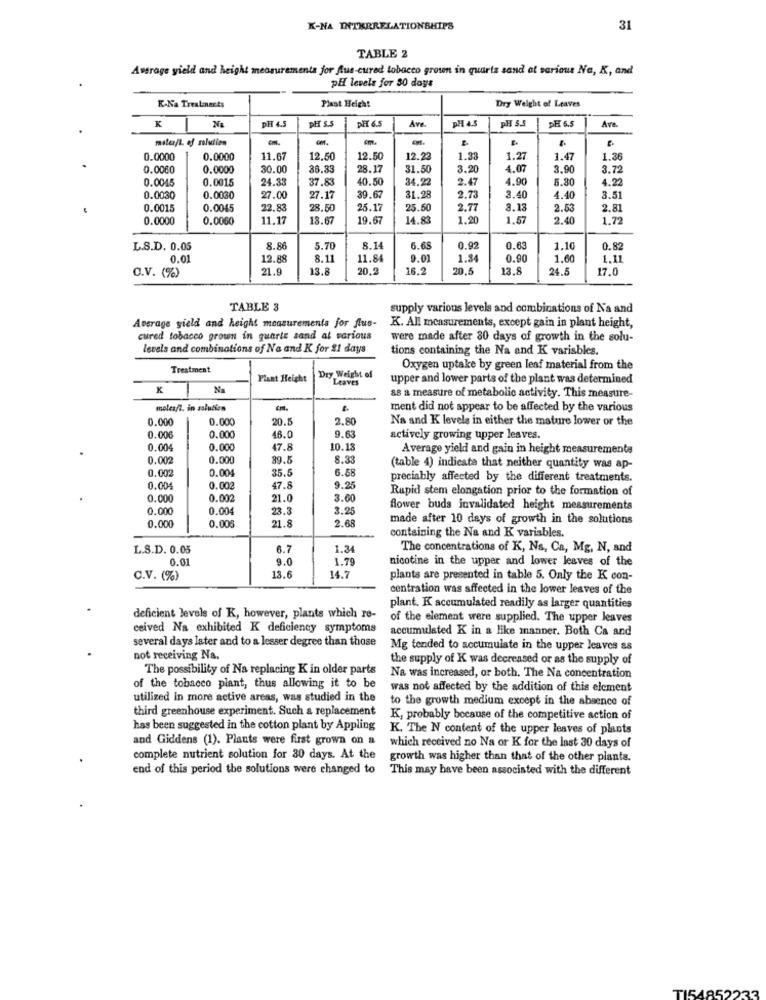
K-NA INTERRELATIONSHIPS
31
TABLE 2
Average yield and height measurements for flue-cured tobacco grown in quarta sand at sarinu Na, K, and
PH levels for 30 days
K-Na Treatments
Plast Height
Dry Weight of Leaves
DH 4.5
PH S.5
DET 6.5
Ave
PHAS
PH 3.5
DE 6.5
Ave.
K
-
0.0000
0.0000
11.67
12.50
12.50
12.22
1.33
1.27
1.47
1.36
0.0060
0.0000
30.00
38.85
28.1
31.50
3.20
4.07
3.90
3.72
0.0045
0.0015
24.33
37.83
40.50
34.22
2.47
4.90
5.30
4.22
0.0030
0.0030
27.00
27.17
39.67
31.28
2.73
3.40
4.40
3.51
0.0015
0.0045
22.8
28.50
25.1
25.50
2.77
3.13
2.53
2.81
0.0000
0.0060
11.17
18.67
19.67
14.8
1.20
1.57
2.40
1.72
L.S.D. 0.05
8.86
5.70
8.14
6.68
0.92
0.63
1.10
0.82
0.01
12.8
8.11
11.84
9.01
1.84
0.90
1.60
1.11
21.
13.8
20.3
16.2
20.
13.8
24.5
17.0
C.V. (%)
TABLE 3
supply various levels and combinations of Na and
K. All measurements, except gain in plant height,
Average yield and height measurements for flus-
cured tobacco grown in quarte sand at various
were made after 30 days of growth in the solu-
levels and combinations of Na and K for 21 days
tions containing the Na and K variables.
Treatment
Dry Weight of
Oxygen uptake by green leaf material from the
Plant Height
Leaves
upper and lower parts of the plant was determined
K
1
Na
as a measure of metabolic activity. This measure-
moles/t. in aslution
ment did not appear to be affected by the various
0.000
0.000
20.5
2.80
Na and K levels in either the mature lower or the
0.000
9.63
0.00€
46.0
actively growing upper leaves.
0.004
0.000
47.8
10.13
Average yield and gain in height measurementa
0.002
0.000
39.5
8.33
0.002
0.00
35.5
6.58
(table 4) indicate that neither quantity was ap-
preciably affected by the different treatments.
0.004
0.002
47.8
9.25
Rapid stem elongation prior to the formation of
0.000
0.002
21.0
3.60
0.000
0.004
23.3
3.25
flower buds invalidated height measurements
0.000
1.8
2.68
made after 10 days of growth in the solutions
0.005
containing the Na and K variables.
L.S.D. 0.05
6.7
1.34
The concentrations of K, Ns, Ca, Mg, N, and
0.01
9.0
1.79
nicotine in the upper and lower leaves of the
C.V. (%)
13.6
14.7
plants are presented in table 5. Only the K con-
centration was affected in the lower leaves of the
plant. K accumulated readily as larger quantities
deficient levels of K, however, plants which re-
of the element were supplied. The upper leaves
ceived Na exhibited K deficiency symptoms
accumulated K in a like manner. Both Ca and
several days later and to a lesser degree than those
Mg tended to accumulate in the upper leaves as
not receiving Na.
the supply of K was decreased or as the supply of
The possibility of Na replacing K in older parts
Na was increased, or both. The Na concentration
of the tobacco plant, thus allowing it to be
was not affected by the addition of this element
utilized in more active areas, was studied in the
to the growth medium except in the absence of
third greenhouse experiment. Such a replacement
K, probably because of the competitive action of
has been suggested in the cotton plant by Appling
K. The N content of the upper leaves of plants
and Giddens (1). Plants were first grown on a
which received no Na or K for the last 30 days of
complete nutrient solution for 30 days. At the
growth was higher than that of the other plants.
end of this period the solutions were changed to
This may have been associated with the different
TI54852233